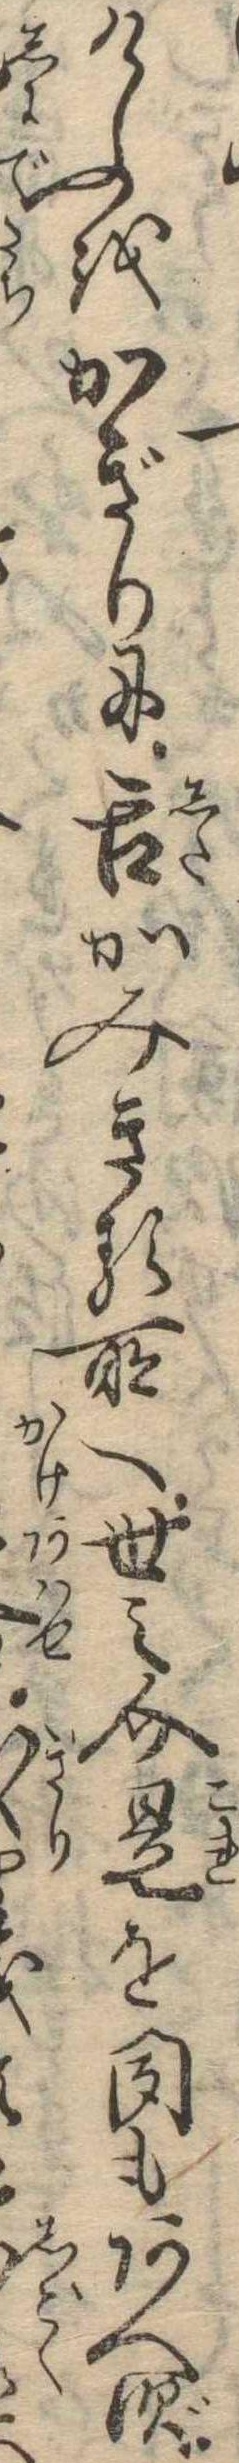
けふをかぎりに舌かみきる所へ世之介是を聞もあへず